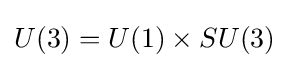
U(3)=U(1)\times SU(3)